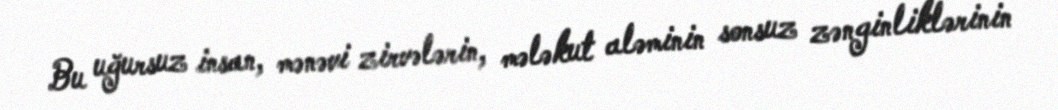
Bu uğursuz insan, mənəvi zirvələrin, mələkut aləminin sonsuz zənginliklərinin